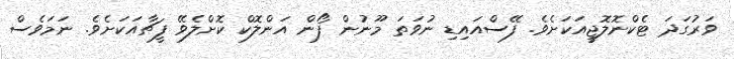
ވަރުގަދަ ޓެކްނޮލޮޖީއަކަށެވެ. ފޭސްއައިޑި ނުވަތަ މޫނުން ފޯން އަންލޮކް ކޮށްލެވޭ ފީޗާއަކަށެވެ. ނަމަވެސް